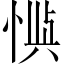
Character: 𫺙